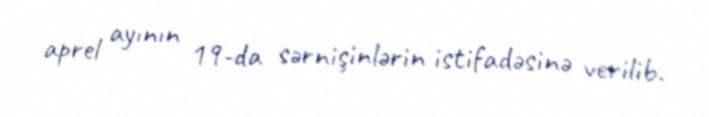
aprel ayının 19-da sərnişinlərin istifadəsinə verilib.